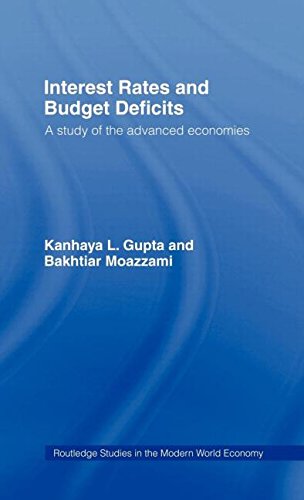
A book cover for Interest Rates and Budget Deficits: A Study of the Advanced Economies (Routledge Studies in the Modern World Economy); Kanhaya L. Gupta; Business & Money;